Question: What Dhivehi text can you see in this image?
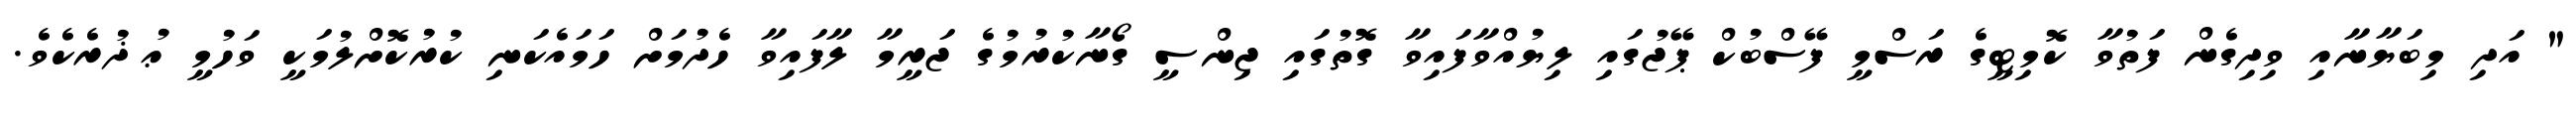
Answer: " އަދި މިބަޔާނާއި ވިދިގެން ފަތުވާ ކޮމިޓީގެ ރަސްމީ ފޭސްބުކް ޕޭޖުގައި ލިޔުއްވާފައިވާ ގޮތުގައި ޖިންސީ ގޯނާކުރުމުގެ ޖަރީމާ ލާފައިވާ ހެދުމަށް ހަމައެކަނި ކުރުކޮށްލުމަކީ ވަހުމީ ޢުޛުރެކެވެ.